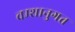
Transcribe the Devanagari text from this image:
वम्शानुगत